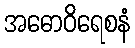
အဓောဝိရေစနံ